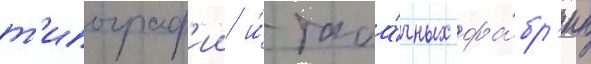
т'ипограф'ии и́ таба́чных фа́бр'ик